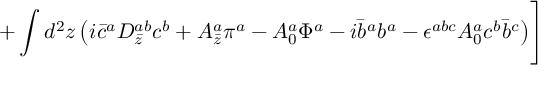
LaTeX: + \int d ^ { 2 } z \left( i \bar { c } ^ { a } D _ { \bar { z } } ^ { a b } c ^ { b } + A _ { \bar { z } } ^ { a } \pi ^ { a } - A _ { 0 } ^ { a } \Phi ^ { a } - i \bar { b } ^ { a } b ^ { a } - \epsilon ^ { a b c } A _ { 0 } ^ { a } c ^ { b } \bar { b } ^ { c } \right) \Biggr ]